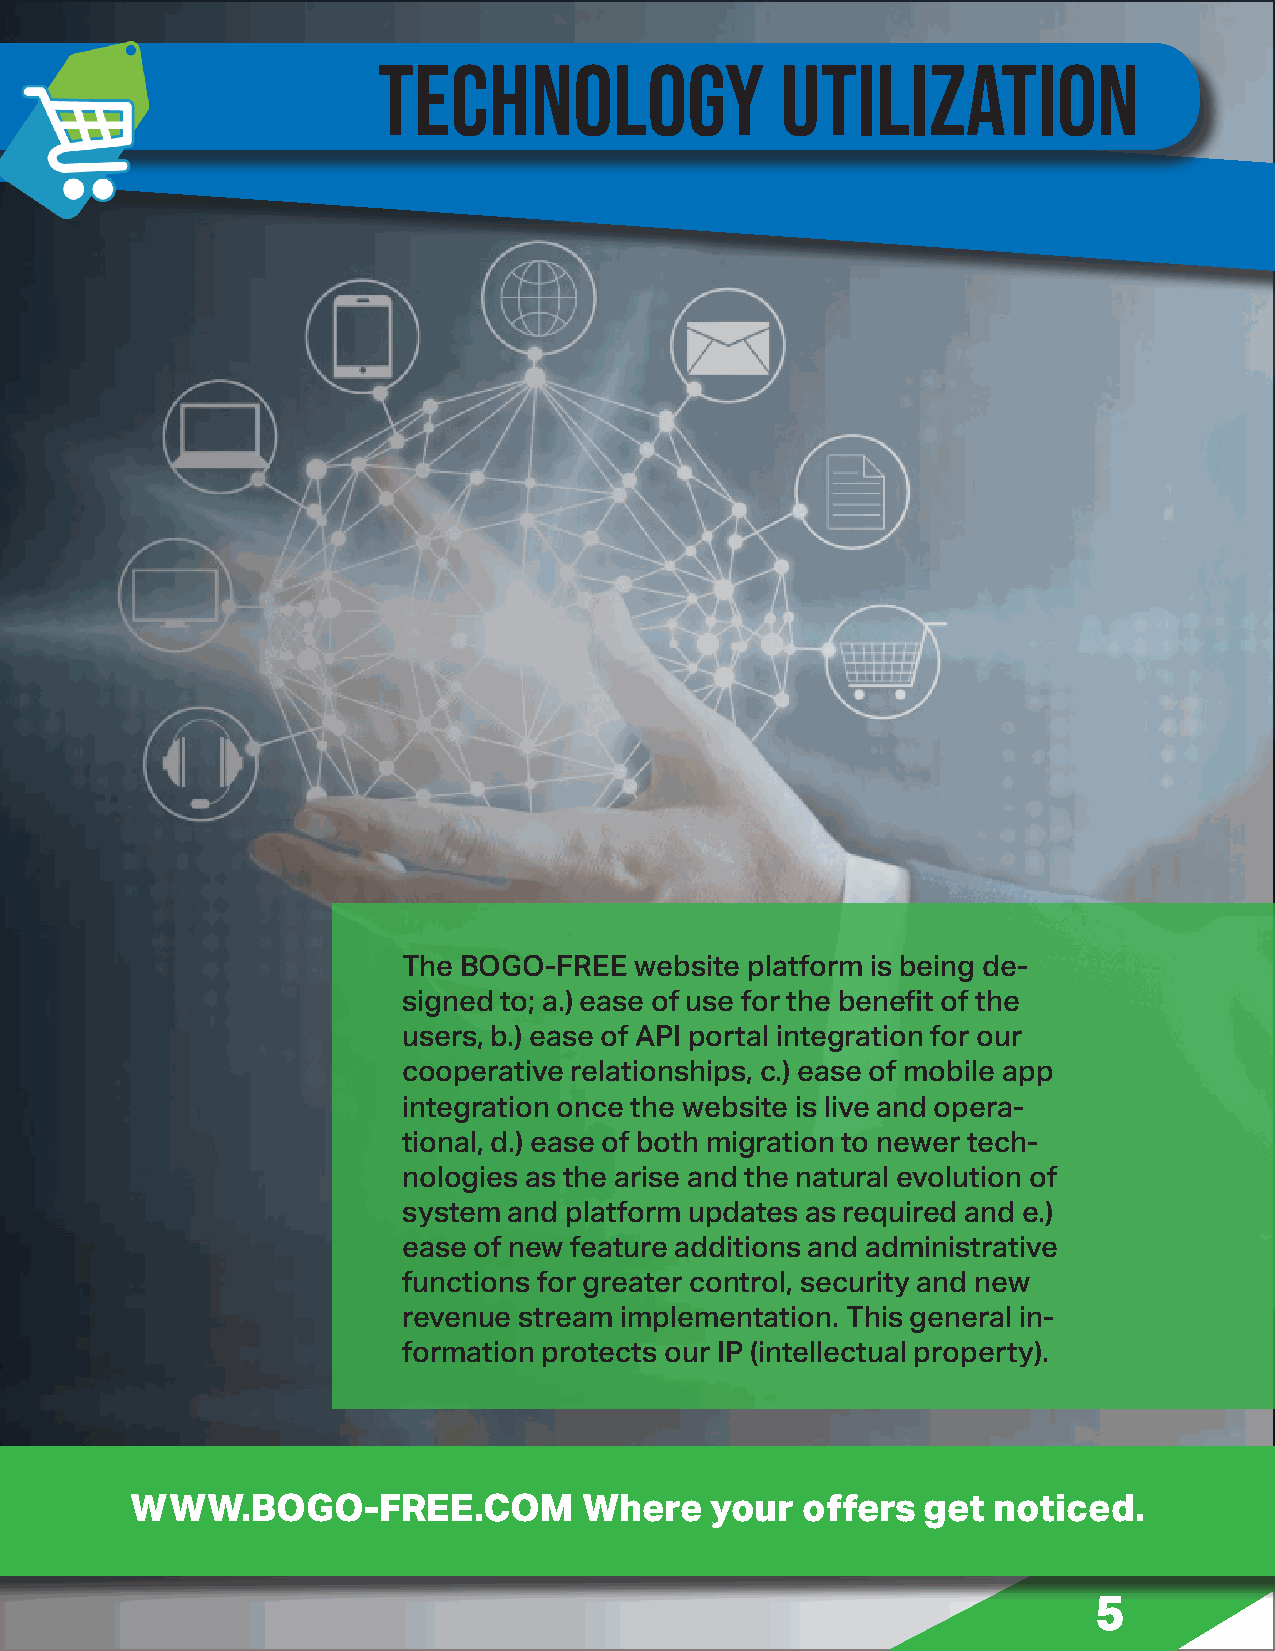
TECHNOLOGY                 UTILIZATION
 The BOGO-FREE  website platform is being de-
 signed to; a.) ease of use for the benefit of the
 users, b.) ease of API portal integration for our
 cooperative relationships, c.) ease of mobile app
 integration once the website is live and opera-
 tional, d.) ease of both migration to newer tech-
 nologies as the arise and the natural evolution of
 system and platform updates as required and e.)
 ease of new feature additions and administrative
 functions for greater control, security and new
 revenue stream implementation. This general in-
 formation protects our IP (intellectual property).
 WWW.BOGO-FREE.COM             Where   your  offers  get  noticed.
 5